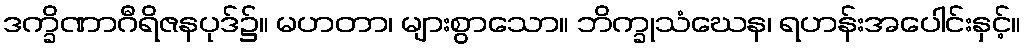
ဒက္ခိဏာဂီရိဇနပုဒ်၌။ မဟတာ၊ များစွာသော။ ဘိက္ခုသံဃေန၊ ရဟန်းအပေါင်းနှင့်။